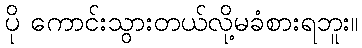
ပို ကောင်းသွားတယ်လို့မခံစားရဘူး။